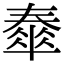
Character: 𡙹